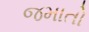
જમાતો